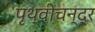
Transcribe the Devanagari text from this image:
पृथ्वीचन्द्र